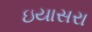
ઇયાસરા